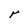
Character: r